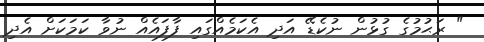
" ރަޙުމުގެ ގުޅުން ނުކެޑޭ އަދި އެކަމެއްގައި ފާފައެއް ނުވާ ކަމަކަށް އެދި